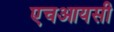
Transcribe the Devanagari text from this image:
एचआयसी